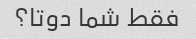
فقط شما دوتا؟